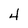
Character: 4